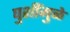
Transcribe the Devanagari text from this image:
घुशींमुळे